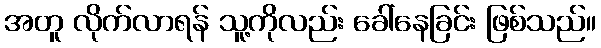
အတူ လိုက်လာရန် သူ့ကိုလည်း ခေါ်နေခြင်း ဖြစ်သည်။